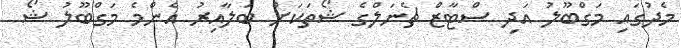
މެދުގައި މަގްބޫލު އަދި ސްޓާޒް ޗެނަލްގެ ޝޯތަކަށް ބަލާއިރު އެންމެ މަގްބޫލު ޝޯ